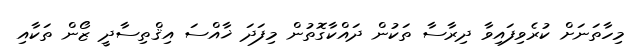
މިހާތަނަށް ކުރެވިފައިވާ ދިރާސާ ތަކުން ދައްކާގޮތުން މިފަދަ ޚާއްސަ އިޤްތިސާދީ ޒޯން ތަކާއި